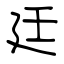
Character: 廷